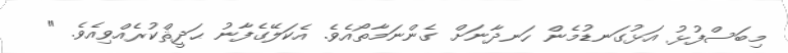
މިބަސްފުޅު އަޅުގަނޑުމެން ހަނދާނަށް ގެންނަމާތޯއެވެ. އެކަލޭގެފާނު ޙަދީޘްކުރެއްވިއެވެ. "